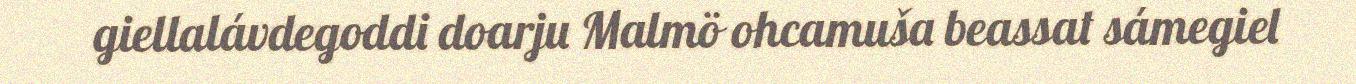
giellalávdegoddi doarju Malmö ohcamuša beassat sámegiel